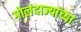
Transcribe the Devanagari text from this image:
गोलंदाज्यांच्या